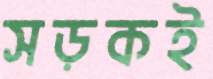
সড়কই